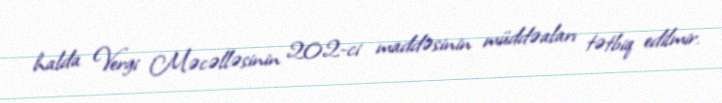
halda Vergi Məcəlləsinin 202-ci maddəsinin müddəaları tətbiq edilmir.